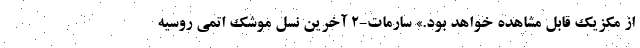
از مکزیک قابل مشاهده خواهد بود.» سارمات-۲ آخرین نسل موشک اتمی روسیه